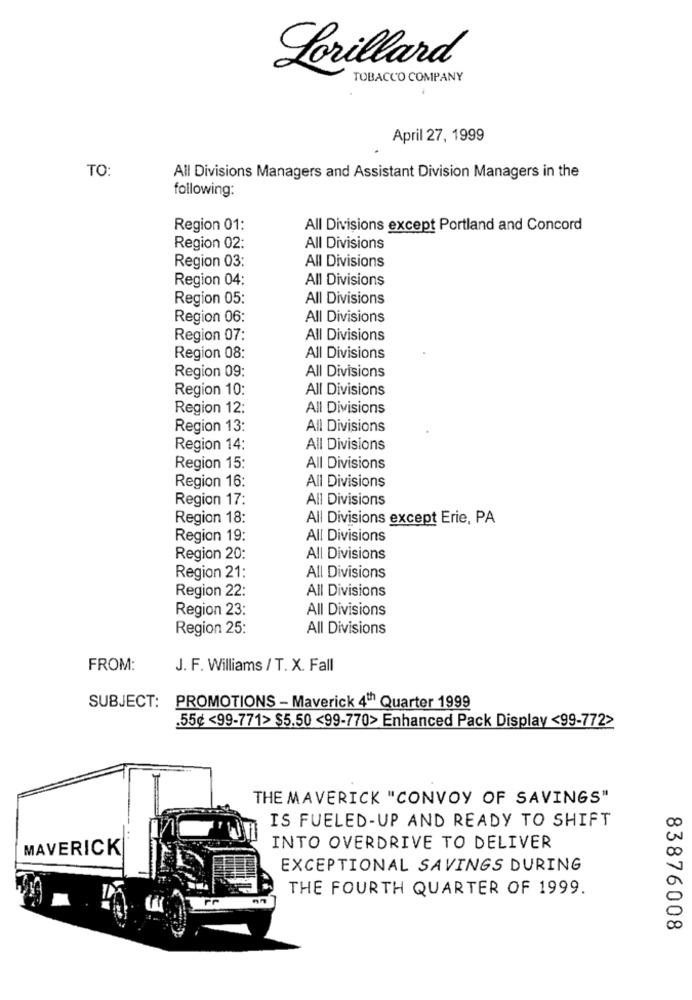
Lorillard
TOBACCO COMPANY
April 27, 1999
TO:
All Divisions Managers and Assistant Division Managers in the
following:
Region 01:
All Divisions except Portland and Concord
Region 02:
All Divisions
Region 03:
All Divisions
Region 04:
All Divisions
Region 05:
All Divisions
Region 06:
All Divisions
Region 07:
All Divisions
Region 08:
All Divisions
Region 09:
All Divisions
Region 10:
All Divisions
Region 12:
All Divisions
Region 13:
All Divisions
Region 14:
All Divisions
Region 15:
All Divisions
All Divisions
Region 16:
Region 17:
All Divisions
Region 18:
All Divisions except Erie, PA
Region 19:
All Divisions
Region 20:
All Divisions
Region 21:
All Divisions
Region 22:
All Divisions
Region 23:
All Divisions
Region 25:
All Divisions
FROM:
J. F. Williams / T. X. Fall
SUBJECT: PROMOTIONS - Maverick 4th Quarter 1999
.55¢ <99-771> $5.50 <99-770> Enhanced Pack Display <99-772>
THE MAVERICK "CONVOY OF SAVINGS"
IS FUELED-UP AND READY TO SHIFT
MAVERICK
INTO OVERDRIVE TO DELIVER
00
EXCEPTIONAL SAVINGS DURING
0
THE FOURTH QUARTER OF 1999.
83876008